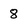
Character: 8